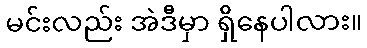
မင်းလည်း အဲဒီမှာ ရှိနေပါလား။